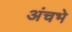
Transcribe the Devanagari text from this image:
अंचभे